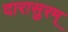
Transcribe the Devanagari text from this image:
दारासुरम्